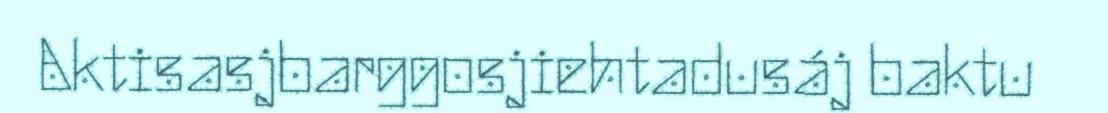
Aktisasjbarggosjiehtadusáj baktu